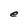
Character: e